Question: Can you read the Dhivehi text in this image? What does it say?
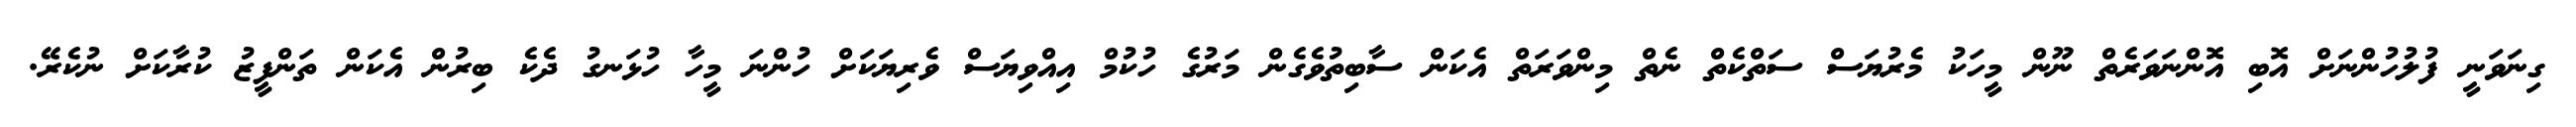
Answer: ގިނަވަނީ ފުލުހުންނަށް އޮބި އޮންނަވަރެތް ނޫން މީހަކު މެރުޔަސް ސަތްކެތް ނެތް މިންވަރަތް އެކަން ސާބިތުވެގެން މަރުގެ ހުކުމް އިއްވިޔަސް ވެރިޔަކަށް ހުންނަ މީހާ ހުޅަނގު ދެކެ ބިރުން އެކަން ތަންފީޒު ކުރާކަށް ނުކެރޭ.